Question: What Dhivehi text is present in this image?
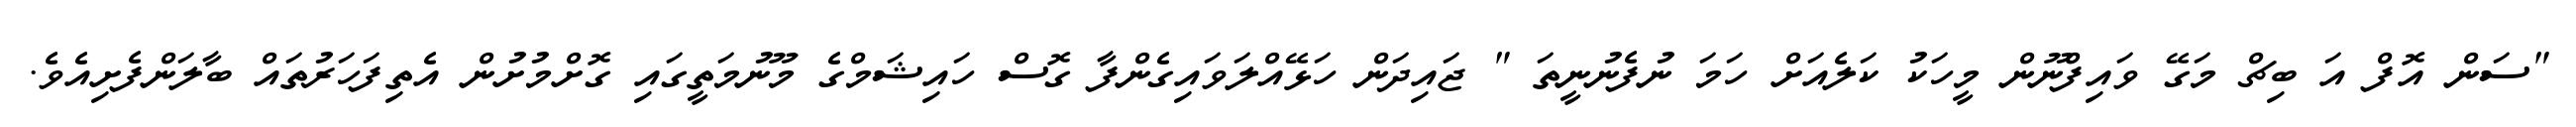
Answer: "ސަން އޮފް އަ ބިޗް މަގޭ ވައިފްނޫން މީހަކު ކަލެއަށް ހަމަ ނުފެނުނީތަ " ޖައިދަން ހަޅޭއްލަވައިގެންފާ ގޮސް ހައިޝަމްގެ މޫނުމަތީގައި ގޮށްމުށުން އެތިފަހަރުތައް ބާލަންފެށިއެވެ.